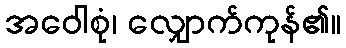
အဝေါစုံ၊ လျှောက်ကုန်၏။